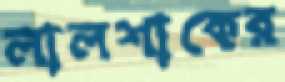
লালশাকের